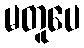
မတူပေ